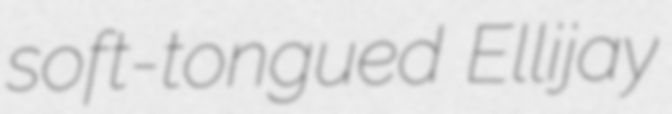
soft-tongued Ellijay